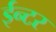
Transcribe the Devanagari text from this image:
ईन्टर